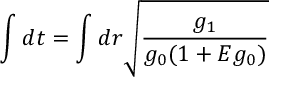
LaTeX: \int d t = \int d r \sqrt { \frac { g _ { 1 } } { g _ { 0 } ( 1 + E g _ { 0 } ) } } \;